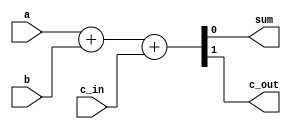
module one_bit_fulladder(sum,c_out,a,b,c_in);
parameter bit_num=1;
	input [bit_num-1:0]a;
	input [bit_num-1:0]b;
	input c_in;
	output [bit_num-1:0]sum;
	output c_out;
		assign {c_out,sum}=a+b+c_in;
endmodule
`timescale 10ns/10ns
module tb_one_bitadder;
reg a,b,c_in;//
wire sum,c_out;//
initial 
    begin
    $display("start a clock pulse");
    $dumpfile("tb_one_bitaddernew.vcd");
    $dumpvars(0,tb_one_bitadder);
    a=0;b=0;c_in=0;
    #1
    a=0;b=0;c_in=1;
    #1
    a=1;b=0;c_in=0;
    #1
    a=0;b=1;c_in=0;
    #1
    a=1;b=1;c_in=0;
    #1
    a=1;b=1;c_in=1;
    #1
    a=0;b=0;c_in=0;
    $stop;
    end
one_bit_fulladder U1(.a(a),.b(b),.c_in(c_in),.sum(sum),.c_out(c_out));//testbench
endmodule